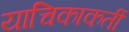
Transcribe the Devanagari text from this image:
याचिकाकर्ती